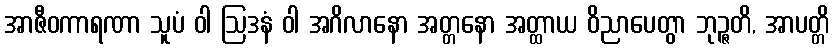
အာဇီဝကာရဏာ သူပံ ဝါ ဩဒနံ ဝါ အဂိလာနော အတ္တနော အတ္ထာယ ဝိညာပေတွာ ဘုဉ္ဇတိ, အာပတ္တိ